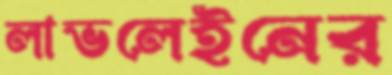
লাভলেইনের